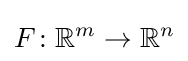
F\colon \mathbb {R} ^{m}\to \mathbb {R} ^{n}